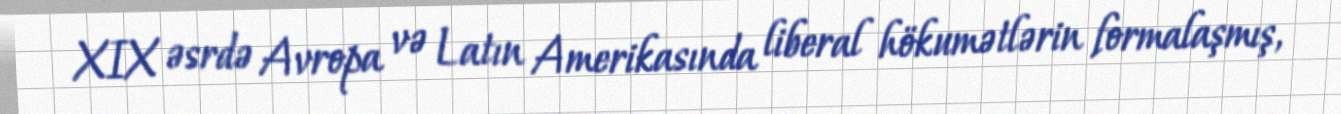
XIX əsrdə Avropa və Latın Amerikasında liberal hökumətlərin formalaşmış,